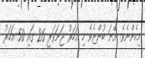
މިހެންނެވެ. އޭނަ ބުންޏެވެ މި އަހަރު ޖަނަވަރީ 26 ގައި 50 އަހަރު